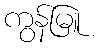
ကွန်မြူ